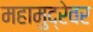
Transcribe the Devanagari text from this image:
महामुद्रेवर